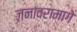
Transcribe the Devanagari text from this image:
जनावरामागे